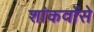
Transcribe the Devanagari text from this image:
शांकवोंसे